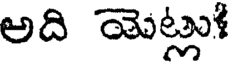
అది యెట్లు!